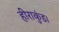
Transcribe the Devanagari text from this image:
हीराकुंड।